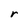
Character: r